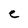
Character: e